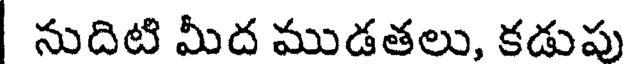
నుదిటి మీద ముడతలు, కడుపు